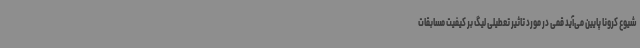
شیوع کرونا پایین می‌آید قمی در مورد تاثیر تعطیلی لیگ بر کیفیت مسابقات